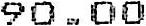
90.00